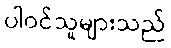
ပါဝင်သူများသည်